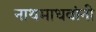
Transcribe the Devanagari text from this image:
नाथमाधवांनी